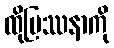
ထိုပြဿနာကို